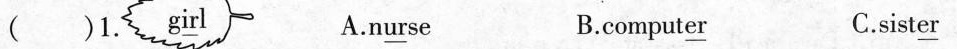
( )1. g\underline{ir}l A.n\underline{ur}se B.comput\underline{er} C.sist\underline{er}